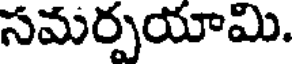
సమర్పయామి.